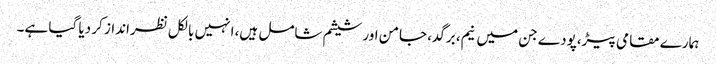
ہمارے مقامی پیڑ،پودے جن میں نیم، برگد، جامن اور شیشم شامل ہیں، انہیں بالکل نظرانداز کر دیا گیا ہے۔